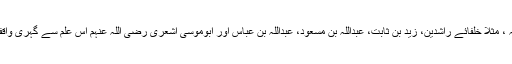
بڑے اکابر صحابہ ، مثلا خلفائے راشدین، زید بن ثابت، عبداللہ بن مسعود، عبداللہ بن عباس اور ابوموسی اشعری رضی اللہ عنہم اس علم سے گہری واقفیت رکھتے تھے۔